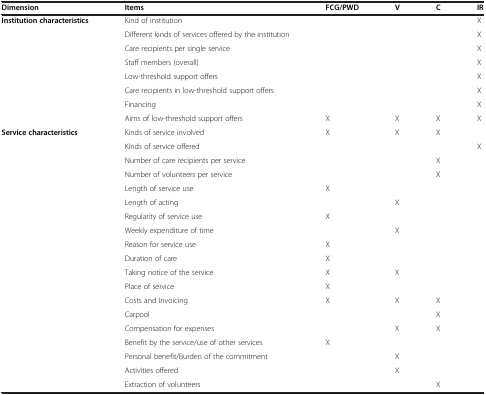
| Dimension | Items | FCG/PWD | V | C | IR |
 | --- | --- | --- | --- | --- | --- |
 | Institution characteristics | Kind of institution |  |  |  | X |
 |  | Different kinds of services offered by the institution |  |  |  | X |
 |  | Care recipients per single service |  |  |  | X |
 |  | Staff members (overall) |  |  |  | X |
 |  | Low-threshold support offers |  |  |  | X |
 |  | Care recipients in low-threshold support offers |  |  |  | X |
 |  | Financing |  |  |  | X |
 |  | Aims of low-threshold support offers | X | X | X | X |
 | Service characteristics | Kinds of service involved | X | X | X |  |
 |  | Kinds of service offered |  |  |  | X |
 |  | Number of care recipients per service |  |  | X |  |
 |  | Number of volunteers per service |  |  | X |  |
 |  | Length of service use | X |  |  |  |
 |  | Length of acting |  | X |  |  |
 |  | Regularity of service use | X |  |  |  |
 |  | Weekly expenditure of time |  | X |  |  |
 |  | Reason for service use | X |  |  |  |
 |  | Duration of care | X |  |  |  |
 |  | Taking notice of the service | X | X |  |  |
 |  | Place of service | X |  |  |  |
 |  | Costs and Invoicing | X | X | X |  |
 |  | Carpool |  |  | X |  |
 |  | Compensation for expenses |  | X | X |  |
 |  | Benefit by the service/use of other services | X |  |  |  |
 |  | Personal benefit/Burden of the commitment |  | X |  |  |
 |  | Activities offered |  | X |  |  |
 |  | Extraction of volunteers |  |  | X |  |